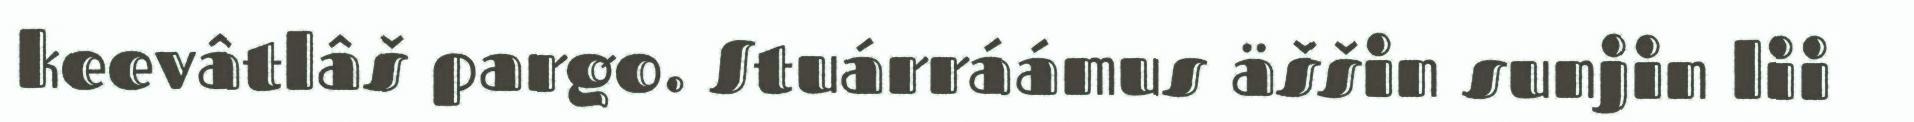
keevâtlâš pargo. Stuárráámus äššin sunjin lii